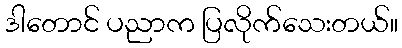
ဒါတောင် ပညာက ပြလိုက်သေးတယ်။